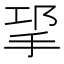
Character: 㧭